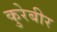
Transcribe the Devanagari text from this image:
कुरेबीर